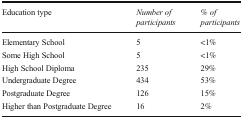
| Education type | Number of participants | % of participants |
 | --- | --- | --- |
 | Elementary School | 5 | <1% |
 | Some High School | 5 | <1% |
 | High School Diploma | 235 | 29% |
 | Undergraduate Degree | 434 | 53% |
 | Postgraduate Degree | 126 | 15% |
 | Higher than Postgraduate Degree | 16 | 2% |